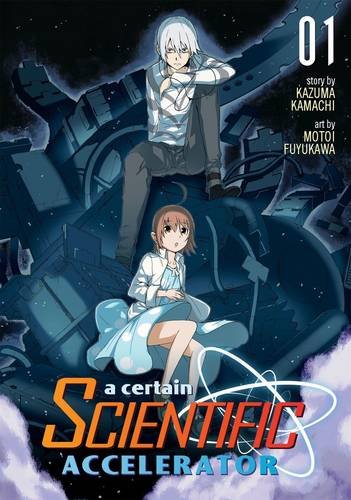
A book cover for A Certain Scientific Accelerator Vol. 1; Kazuma Kamachi; Comics & Graphic Novels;